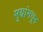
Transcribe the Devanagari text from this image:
मुद्यांमधून